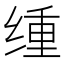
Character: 𫟆